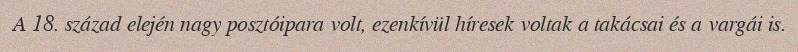
A 18. század elején nagy posztóipara volt, ezenkívül híresek voltak a takácsai és a vargái is.